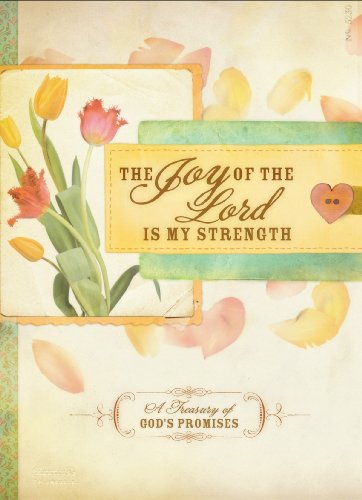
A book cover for The Joy of the Lord is My Strength: A Treasury of God's Promises; Compiled; Christian Books & Bibles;